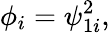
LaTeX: \phi_{i}=\psi_{1i}^{2},